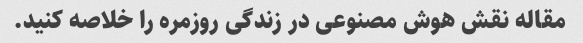
مقاله نقش هوش مصنوعی در زندگی روزمره را خلاصه کنید.